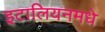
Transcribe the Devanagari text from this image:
इटालियनमधे